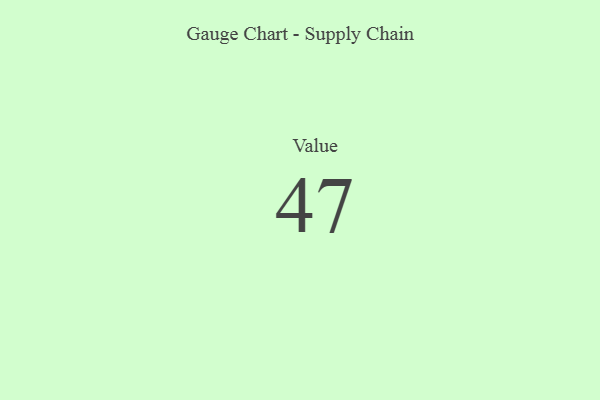
{"axis": {"x": "Metric", "y": "Value"}, "legend": [""], "data": [{"x": "Value", "y": 47, "type": ""}]}